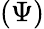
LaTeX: (\Psi)